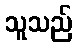
သူသည်